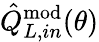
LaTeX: \hat{Q}_{L,in}^{\mathrm{mod}}(\theta)